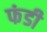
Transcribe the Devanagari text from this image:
फंडी